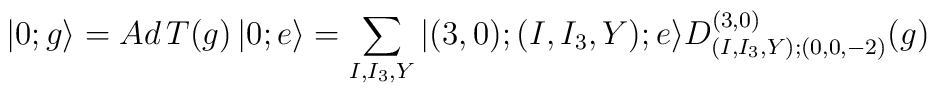
|0;g\rangle = Ad\,T(g)\,|0;e\rangle =\sum_{I,I_3,Y}|(3,0);(I,I_3,Y);e\rangle D^{(3,0)}_{(I,I_3,Y);(0,0,-2)}(g)